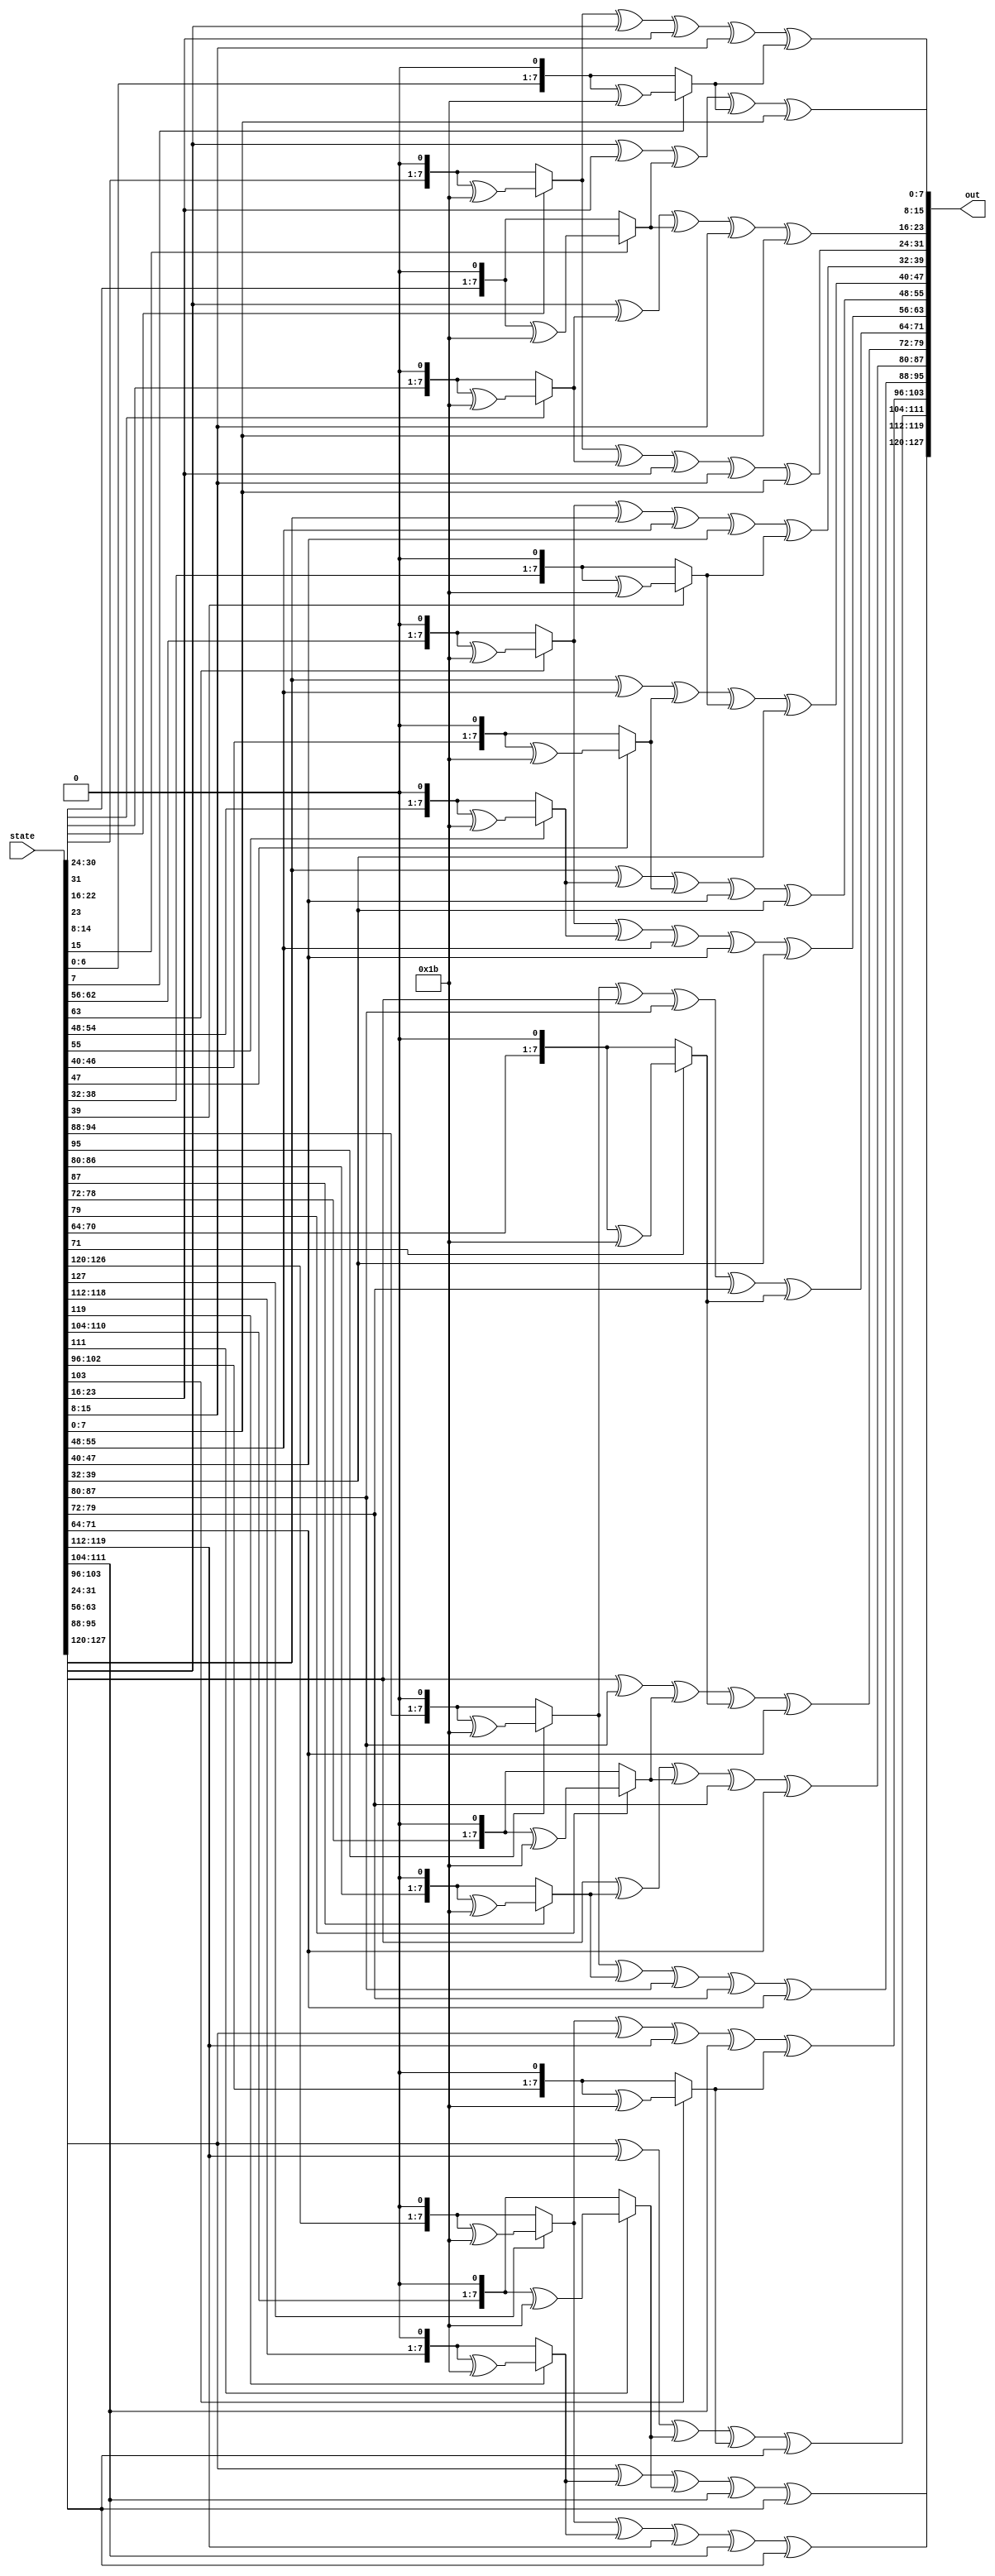
module MixColumns(input wire [127:0] state, output reg [127:0] out);

	function [7:0] mb2;
		input [7:0] a;
		mb2 = a[7] == 1? (a << 1) ^ 8'b00011011 : a << 1 ;
	endfunction

	reg[7:0] i;

	always@(*) begin
		for(i = 0; i < 4; i = i + 1) begin
			out[(i*32 + 24)+:8] = mb2(state[(i*32 + 24)+:8]) ^ mb2(state[(i*32 + 16)+:8]) ^ state[(i*32 + 16)+:8] ^ state[(i*32 + 8)+:8] ^ state[i*32+:8];
			out[(i*32 + 16)+:8] = state[(i*32 + 24)+:8] ^ mb2(state[(i*32 + 16)+:8]) ^ mb2(state[(i*32 + 8)+:8]) ^ state[(i*32 + 8)+:8] ^ state[i*32+:8];
			out[(i*32 + 8)+:8] = state[(i*32 + 24)+:8] ^ state[(i*32 + 16)+:8] ^ mb2(state[(i*32 + 8)+:8]) ^ mb2(state[i*32+:8]) ^ state[i*32+:8];
   		out[i*32+:8] = mb2(state[(i*32 + 24)+:8]) ^ state[(i*32 + 24)+:8] ^ state[(i*32 + 16)+:8] ^ state[(i*32 + 8)+:8] ^ mb2(state[i*32+:8]);
		end
	end
	
endmodule